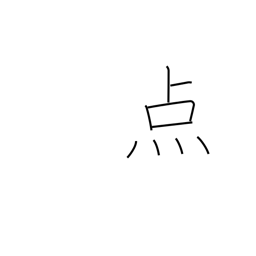
Meaning: spot